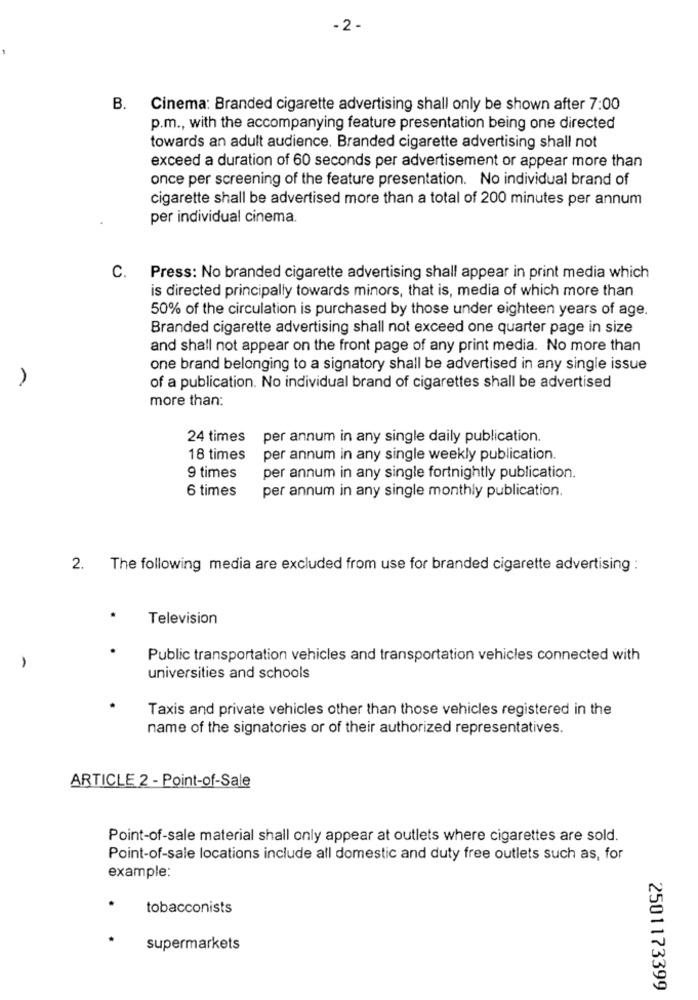
-2 -
B. Cinema: Branded cigarette advertising shall only be shown after 7:00
p.m ., with the accompanying feature presentation being one directed
towards an adult audience. Branded cigarette advertising shall not
exceed a duration of 60 seconds per advertisement or appear more than
once per screening of the feature presentation. No individual brand of
cigarette shall be advertised more than a total of 200 minutes per annum
per individual cinema.
C.
Press: No branded cigarette advertising shall appear in print media which
is directed principally towards minors, that is, media of which more than
50% of the circulation is purchased by those under eighteen years of age.
Branded cigarette advertising shall not exceed one quarter page in size
and shall not appear on the front page of any print media. No more than
one brand belonging to a signatory shall be advertised in any single issue
of a publication. No individual brand of cigarettes shall be advertised
more than:
24 times
per annum in any single daily publication.
18 times
per annum in any single weekly publication.
9 times
per annum in any single fortnightly publication.
6 times
per annum in any single monthly publication.
2.
The following media are excluded from use for branded cigarette advertising :
Television
Public transportation vehicles and transportation vehicles connected with
universities and schools
Taxis and private vehicles other than those vehicles registered in the
name of the signatories or of their authorized representatives.
ARTICLE 2 - Point-of-Sale
Point-of-sale material shall only appear at outlets where cigarettes are sold.
Point-of-sale locations include all domestic and duty free outlets such as, for
example:
tobacconists
supermarkets
2501173399